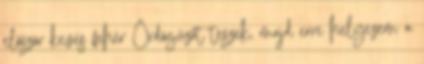
először kevés fehér Ördögűzőt teszek, majd erre helyezem a